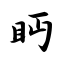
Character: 眄